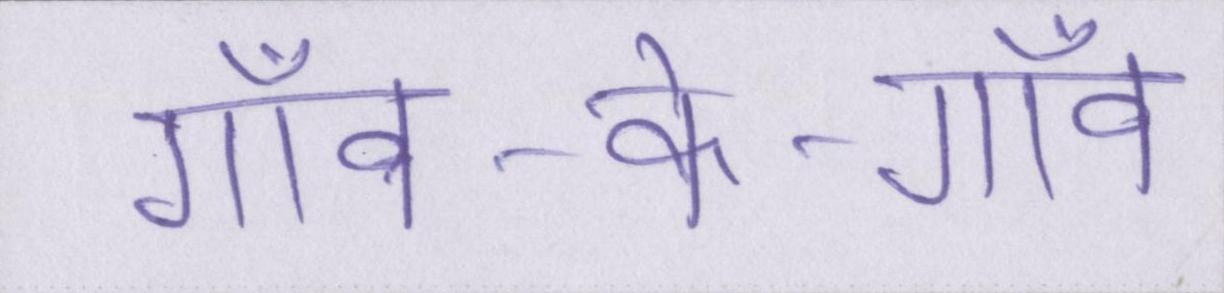
गाँव-के-गाँव